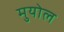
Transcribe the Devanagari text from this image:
मुयोल